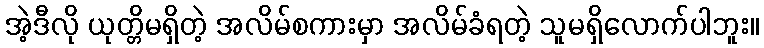
အဲ့ဒီလို ယုတ္တိမရှိတဲ့ အလိမ်စကားမှာ အလိမ်ခံရတဲ့ သူမရှိလောက်ပါဘူး။